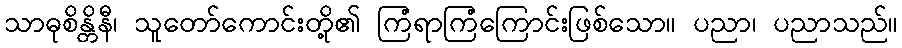
သာဓုစိန္တိနီ၊ သူတော်ကောင်းတို့၏ ကြံရာကြံကြောင်းဖြစ်သော။ ပညာ၊ ပညာသည်။